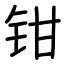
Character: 钳